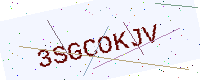
Text: 3SGCOKJV